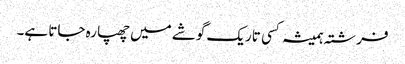
فرشتہ ہمیشہ کسی تاریک گوشے میں چھپا رہ جاتا ہے۔